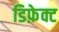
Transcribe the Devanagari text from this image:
डिफ़ेक्ट